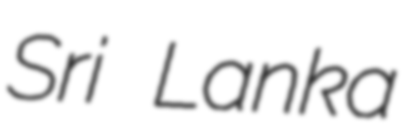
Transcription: Sri Lanka